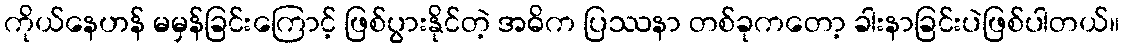
ကိုယ်နေဟန် မမှန်ခြင်းကြောင့် ဖြစ်ပွားနိုင်တဲ့ အဓိက ပြဿနာ တစ်ခုကတော့ ခါးနာခြင်းပဲဖြစ်ပါတယ်။